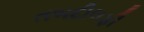
તબદીલફી